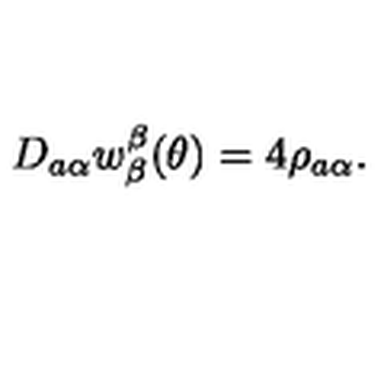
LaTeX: D _ { a \alpha } w _ { \beta } ^ { \beta } ( \theta ) = 4 \rho _ { a \alpha } .